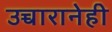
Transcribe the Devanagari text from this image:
उच्चारानेही